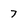
Character: 7